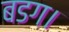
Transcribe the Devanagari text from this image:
बडग।